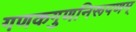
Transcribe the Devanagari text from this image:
गणकगुणनिरूपणम्